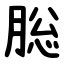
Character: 䐋